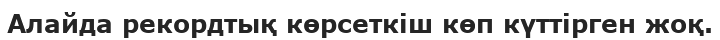
Алайда рекордтық көрсеткіш көп күттірген жоқ.